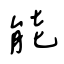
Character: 能